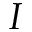
I